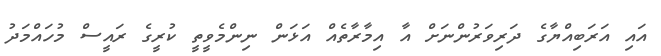
އައި އަރަބިއްޔާގެ ދަރިވަރުންނަށް އާ އިމާރާތެއް އަޅަން ނިންމެވީތީ ކުރީގެ ރައީސް މުހައްމަދު